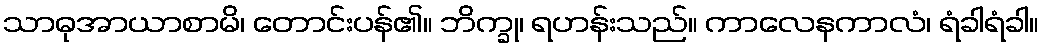
သာဓုအာယာစာမိ၊ တောင်းပန်၏။ ဘိက္ခု၊ ရဟန်းသည်။ ကာလေနကာလံ၊ ရံခါရံခါ။